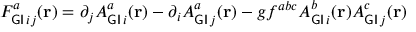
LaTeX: F _ { { \sf G I } \, i j } ^ { a } ( { \bf r } ) = \partial _ { j } A _ { { \sf G I } \, i } ^ { a } ( { \bf r } ) - \partial _ { i } A _ { { \sf G I } \, j } ^ { a } ( { \bf r } ) - g f ^ { a b c } A _ { { \sf G I } \, i } ^ { b } ( { \bf r } ) A _ { { \sf G I } \, j } ^ { c } ( { \bf r } )